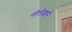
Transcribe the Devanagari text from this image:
नीलेशने